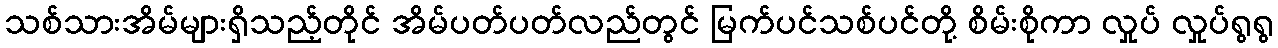
သစ်သားအိမ်များရှိသည့်တိုင် အိမ်ပတ်ပတ်လည်တွင် မြက်ပင်သစ်ပင်တို့ စိမ်းစိုကာ လှုပ် လှုပ်ရွရွ